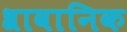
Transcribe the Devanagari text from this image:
श्रावानिक